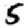
Digit: 5